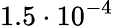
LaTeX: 1.5\cdot 10^{-4}